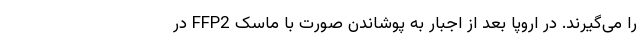
را می‌گیرند. در اروپا بعد از اجبار به پوشاندن صورت با ماسک FFP2 در